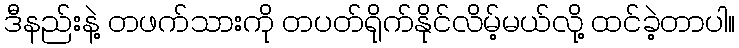
ဒီနည်းနဲ့ တဖက်သားကို တပတ်ရိုက်နိုင်လိမ့်မယ်လို့ ထင်ခဲ့တာပါ။